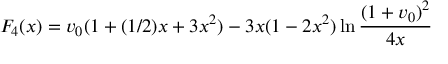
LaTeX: F _ { 4 } ( x ) = v _ { 0 } ( 1 + ( 1 / 2 ) x + 3 x ^ { 2 } ) - 3 x ( 1 - 2 x ^ { 2 } ) \ln { { \frac { ( 1 + v _ { 0 } ) ^ { 2 } } { 4 x } } }